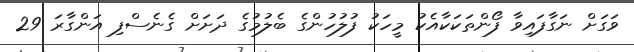
ވަގަށް ނަގާފައިވާ ފޯންތަކަކާއެކު މީހަކު ފުލުހުންގެ ބެލުމުގެ ދަށަށް ގެނެސްފި އަންގާރަ 29